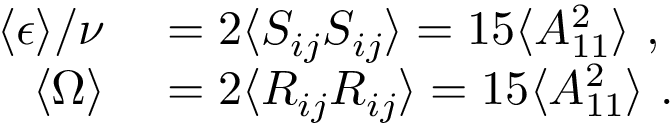
\begin{array} { r } { \begin{array} { r l } { \langle \epsilon \rangle / \nu } & { { } = 2 \langle S _ { i j } S _ { i j } \rangle = 1 5 \langle A _ { 1 1 } ^ { 2 } \rangle \ , } \\ { \langle \Omega \rangle } & { { } = 2 \langle R _ { i j } R _ { i j } \rangle = 1 5 \langle A _ { 1 1 } ^ { 2 } \rangle \ . } \end{array} } \end{array}